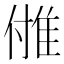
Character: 𨾪